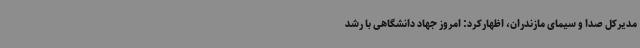
مدیرکل صدا و سیمای مازندران، اظهارکرد: امروز جهاد دانشگاهی با رشد